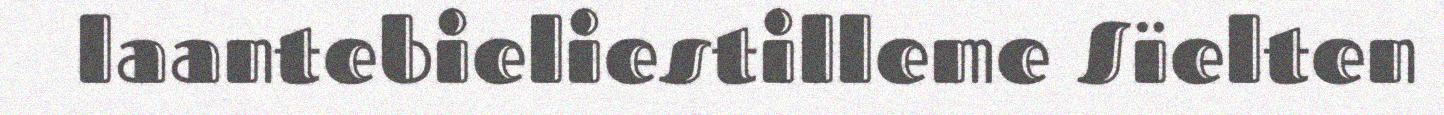
laantebieliestilleme Sïelten